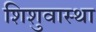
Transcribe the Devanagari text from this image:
शिशुवास्था